Indian journal of veterinary science and animal husbandry - Volume 6,
Year: 1936
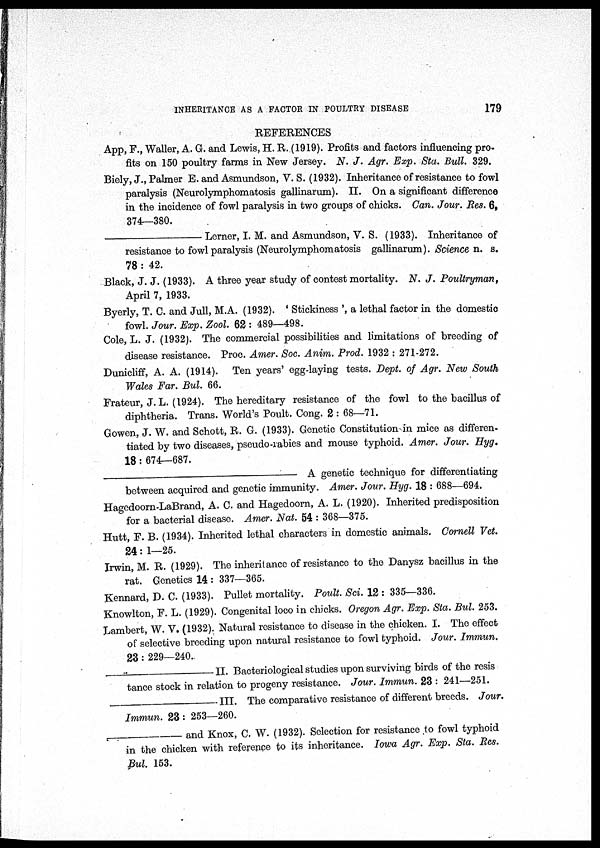
INHERITANCE AS A FACTOR IN POULTRY DISEASE
179
REFERENCES
App, F., Waller, A. G. and Lewis, H. R. (1919). Profits and factors influencing pro-
fits on 150 poultry farms in New Jersey. N. J. Agr. Exp. Sta. Bull. 329.
Biely, J., Palmer E. and Asmundson, V. S. (1932). Inheritance of resistance to fowl
paralysis (Neurolymphomatosis gallinarum). II. On a significant difference
in the incidence of fowl paralysis in two groups of chicks. Can. Jour. Res. 6,
374—380.
—
Lerner, I. M. and Asmundson, V. S. (1933). Inheritance of
resistance to fowl paralysis (Neurolymphomatosis gallinarum). Science n. s.
78 : 42.
Black, J. J. (1933). A three year study of contest mortality. N. J. Poultryman,
April 7, 1933.
Byerly, T. C. and Jull, M.A. (1932). ' Stickiness ', a lethal factor in the domestic
fowl. Jour. Exp. Zool. 62 : 489—498.
Cole, L. J. (1932). The commercial possibilities and limitations of breeding of
disease resistance. Proc. Amer. Soc. Anim. Prod. 1932 : 271-272.
Dunicliff, A. A. (1914). Ten years' egg-laying tests. Dept. of Agr. New South
Wales Far. Bul. 66.
Frateur, J. L. (1924). The hereditary resistance of the fowl to the bacillus of
diphtheria. Trans. World's Poult. Cong. 2 : 68—71.
Gowen, J. W. and Schott, R. G. (1933). Genetic Constitution in mice as differen-
tiated by two diseases, pseudo-rabies and mouse typhoid. Amer. Jour. Hyg.
18 : 674—687.
—
A genetic technique for differentiating
between acquired and genetic immunity. Amer. Jour. Hyg. 18 : 688—694.
Hagedoorn-LaBrand, A. C. and Hagedoorn, A. L. (1920). Inherited predisposition
for a bacterial disease. Amer. Nat. 54 : 368—375.
Hutt, F. B. (1934). Inherited lethal characters in domestic animals. Cornell Vet.
24: 1—25.
Irwin, M. R. (1929). The inheritance of resistance to the Danysz bacillus in the
rat. Genetics 14 : 337—365.
Kennard, D. C. (1933). Pullet mortality. Poult. Sci. 12 : 335—336.
Knowlton, F. L. (1929). Congenital loco in chicks. Oregon Agr. Exp. Sta. Bul. 253.
Lambert, W. V. (1932). Natural resistance to disease in the chicken. I. The effect
of selective breeding upon natural resistance to fowl typhoid. Jour. Immun.
23 : 229—240.
—
II. Bacteriological studies upon surviving birds of the resis
tance stock in relation to progeny resistance. Jour. Immun. 23 : 241—251.
—
III.
The comparative resistance of different breeds. Jour.
Immun. 23: 253—260.
—
and Knox, C. W. (1932). Selection for resistance to fowl typhoid
in the chicken with reference to its inheritance. Iowa Agr. Exp. Sta. Res.
Bul. 153.